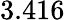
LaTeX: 3.416